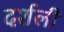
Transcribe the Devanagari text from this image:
दर्शली